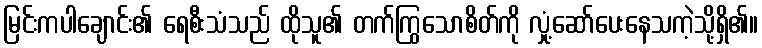
မြင်းကပါချောင်း၏ ရေစီးသံသည် ထိုသူ၏ တက်ကြွသောစိတ်ကို လှုံ့ဆော်ပေးနေသကဲ့သို့ရှိ၏။